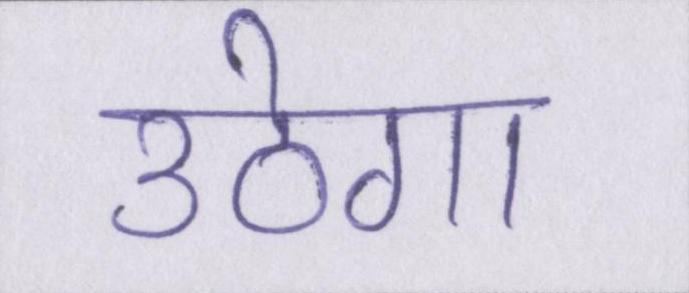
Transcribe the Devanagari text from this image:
उठेगा